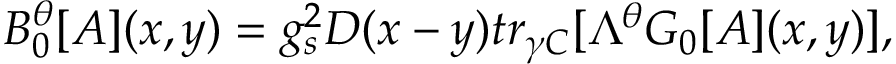
B _ { 0 } ^ { \theta } [ { \cal { A } } ] ( x , y ) = g _ { s } ^ { 2 } D ( x - y ) t r _ { \gamma C } [ \Lambda ^ { \theta } { \cal { G } } _ { 0 } [ { \cal { A } } ] ( x , y ) ] ,